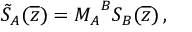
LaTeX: \tilde { S } _ { A } ( \overline { { { z } } } ) = { M _ { A } } ^ { B } S _ { B } ( \overline { { { z } } } ) \, ,